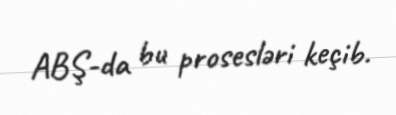
ABŞ-da bu prosesləri keçib.